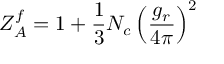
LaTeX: Z _ { A } ^ { f } = 1 + \frac { 1 } { 3 } N _ { c } \left( \frac { g _ { r } } { 4 \pi } \right) ^ { 2 }